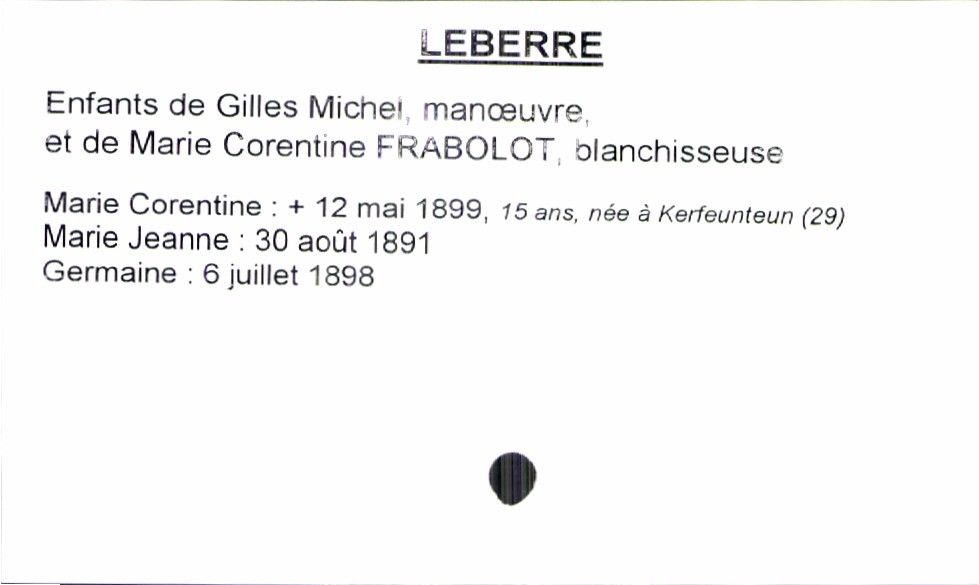
type_acte: Baptême
filiation: fille
enfant_prénom: Germaine
enfant_date_de_naissance: 6 juillet 1898
enfant_lieu_de_naissance: Kerfeunteun (29)
enfant_date_de_décès: 12 mai 1899
père_enfant_nom: Leberre
père_enfant_prénom: Gilles Michel
père_enfant_profession: manoeuvre
mère_enfant_nom: Frabolot
mère_enfant_prénom: Marie Corentine
mère_enfant_profession: blanchisseuse